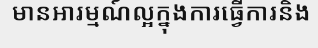
មានអារម្មណ៍ល្អក្នុងការធ្វើការនិង